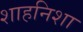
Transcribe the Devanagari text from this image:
शाहनिशा